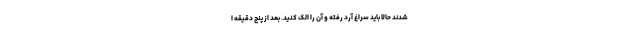
شدند حالا باید سراغ آرد رفته و آن را الک کنید. بعد از پنج دقیقه ا